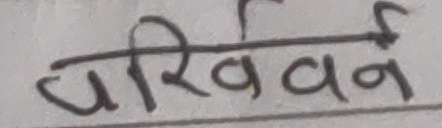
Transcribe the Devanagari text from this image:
परिवर्तन